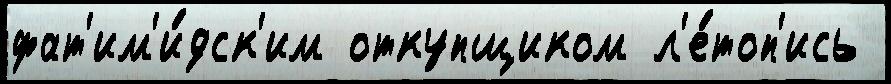
фат'им'и́дск'им откупщиком л'е́топ'ись